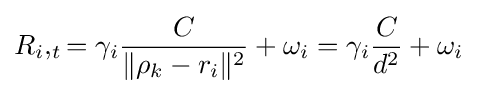
R_{i},_{t}=\gamma _{i}{\frac {C}{\|{\rho _{k}-r_{i}}\|^{2}}}+\omega _{i}=\gamma _{i}{\frac {C}{d^{2}}}+\omega _{i}